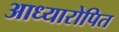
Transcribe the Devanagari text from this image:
आध्यारोपित